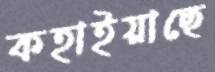
কহাইয়াছে